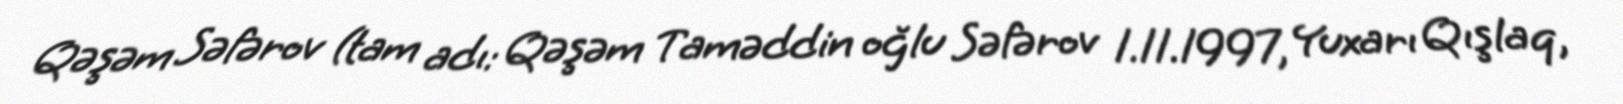
Qəşəm Səfərov (tam adı: Qəşəm Taməddin oğlu Səfərov 1.11.1997, Yuxarı Qışlaq,